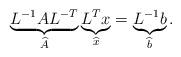
LaTeX: \begin{align*} \underbrace{L^{-1}A L^{-T}}_{\widehat{A}} \underbrace{L^T x}_{\widehat{x}} = \underbrace{L^{-1} b}_{\widehat{b}}.\end{align*}